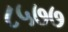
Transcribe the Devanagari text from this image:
८५७७